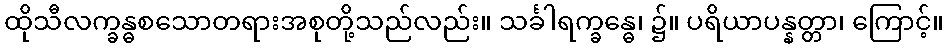
ထိုသီလက္ခန္ဓစသောတရားအစုတို့သည်လည်း။ သင်္ခါရက္ခန္ဓေ၊ ၌။ ပရိယာပန္နတ္တာ၊ ကြောင့်။